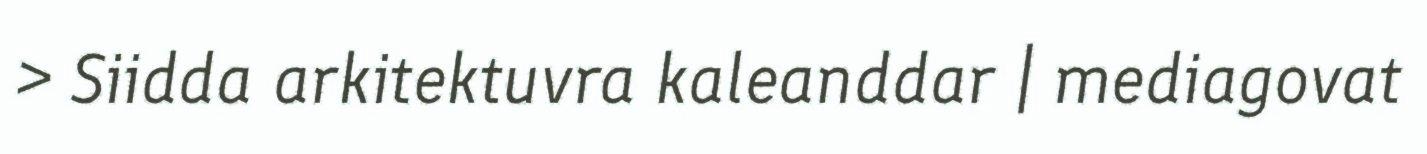
> Siidda arkitektuvra kaleanddar | mediagovat